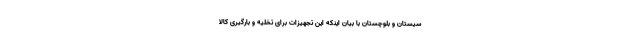
سیستان و بلوچستان با بیان اینکه این تجهیزات برای تخلیه و بارگیری کالا